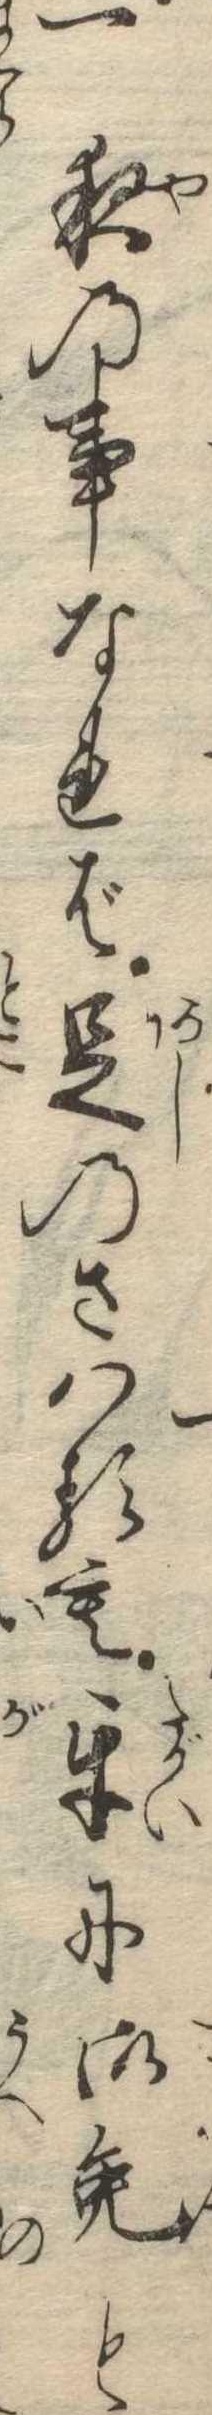
一夜の事なれば足のさはるも互に御免と